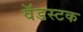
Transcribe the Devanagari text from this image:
वॅडस्टक